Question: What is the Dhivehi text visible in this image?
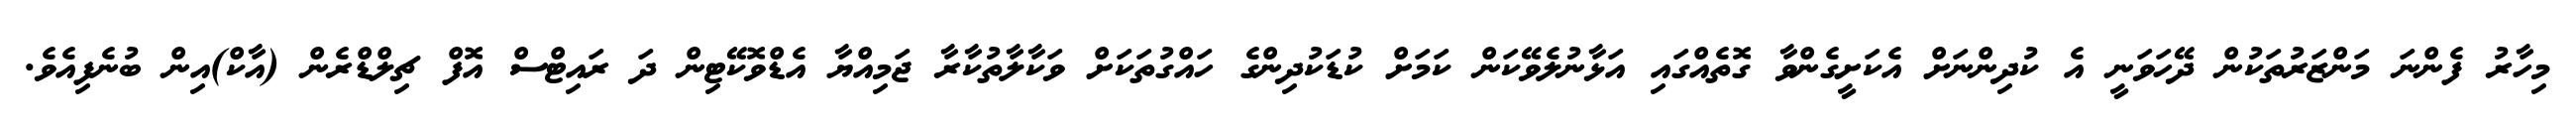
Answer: މިހާރު ފެންނަ މަންޒަރުތަކުން ދޭހަވަނީ އެ ކުދިންނަށް އެކަށީގެންވާ ގޮތެއްގައި އަޅާނުލެވޭކަން ކަމަށް ކުޑަކުދިންގެ ހައްގުތަކަށް ވަކާލާތުކާރާ ޖަމިއްޔާ އެޑްވޮކޭޓިން ދަ ރައިޓްސް އޮފް ޗިލްޑްރެން (އާކް)އިން ބުނެފިއެވެ.